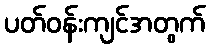
ပတ်ဝန်းကျင်အတွက်